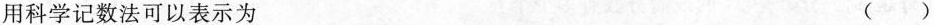
用科学记数法可以表示为 ( )